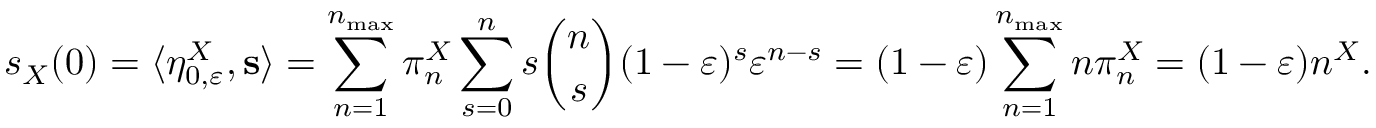
s _ { X } ( 0 ) = \langle \eta _ { 0 , \varepsilon } ^ { X } , \mathbf { s } \rangle = \sum _ { n = 1 } ^ { n _ { \operatorname* { m a x } } } \pi _ { n } ^ { X } \sum _ { s = 0 } ^ { n } s \binom { n } { s } ( 1 - \varepsilon ) ^ { s } \varepsilon ^ { n - s } = ( 1 - \varepsilon ) \sum _ { n = 1 } ^ { n _ { \operatorname* { m a x } } } n \pi _ { n } ^ { X } = ( 1 - \varepsilon ) n ^ { X } .